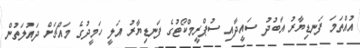
އުއްތަމަ ފަނޑިޔާރު އަބުދު ސައީދާއި ސުޕްރީމްކޯޓުގެ ފަނޑިޔާރު އަލީ ހަމީދުގެ މައްޗަށް ދައުލަތުން